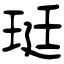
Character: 珽